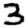
Digit: 3